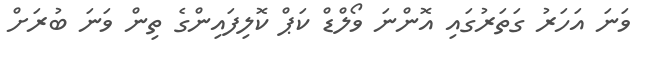
ވަނަ އަހަރު ގަތަރުގައި އޮންނަ ވޯލްޑް ކަޕް ކޮލިފައިންގެ ތިން ވަނަ ބުރަށް